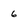
Character: 6